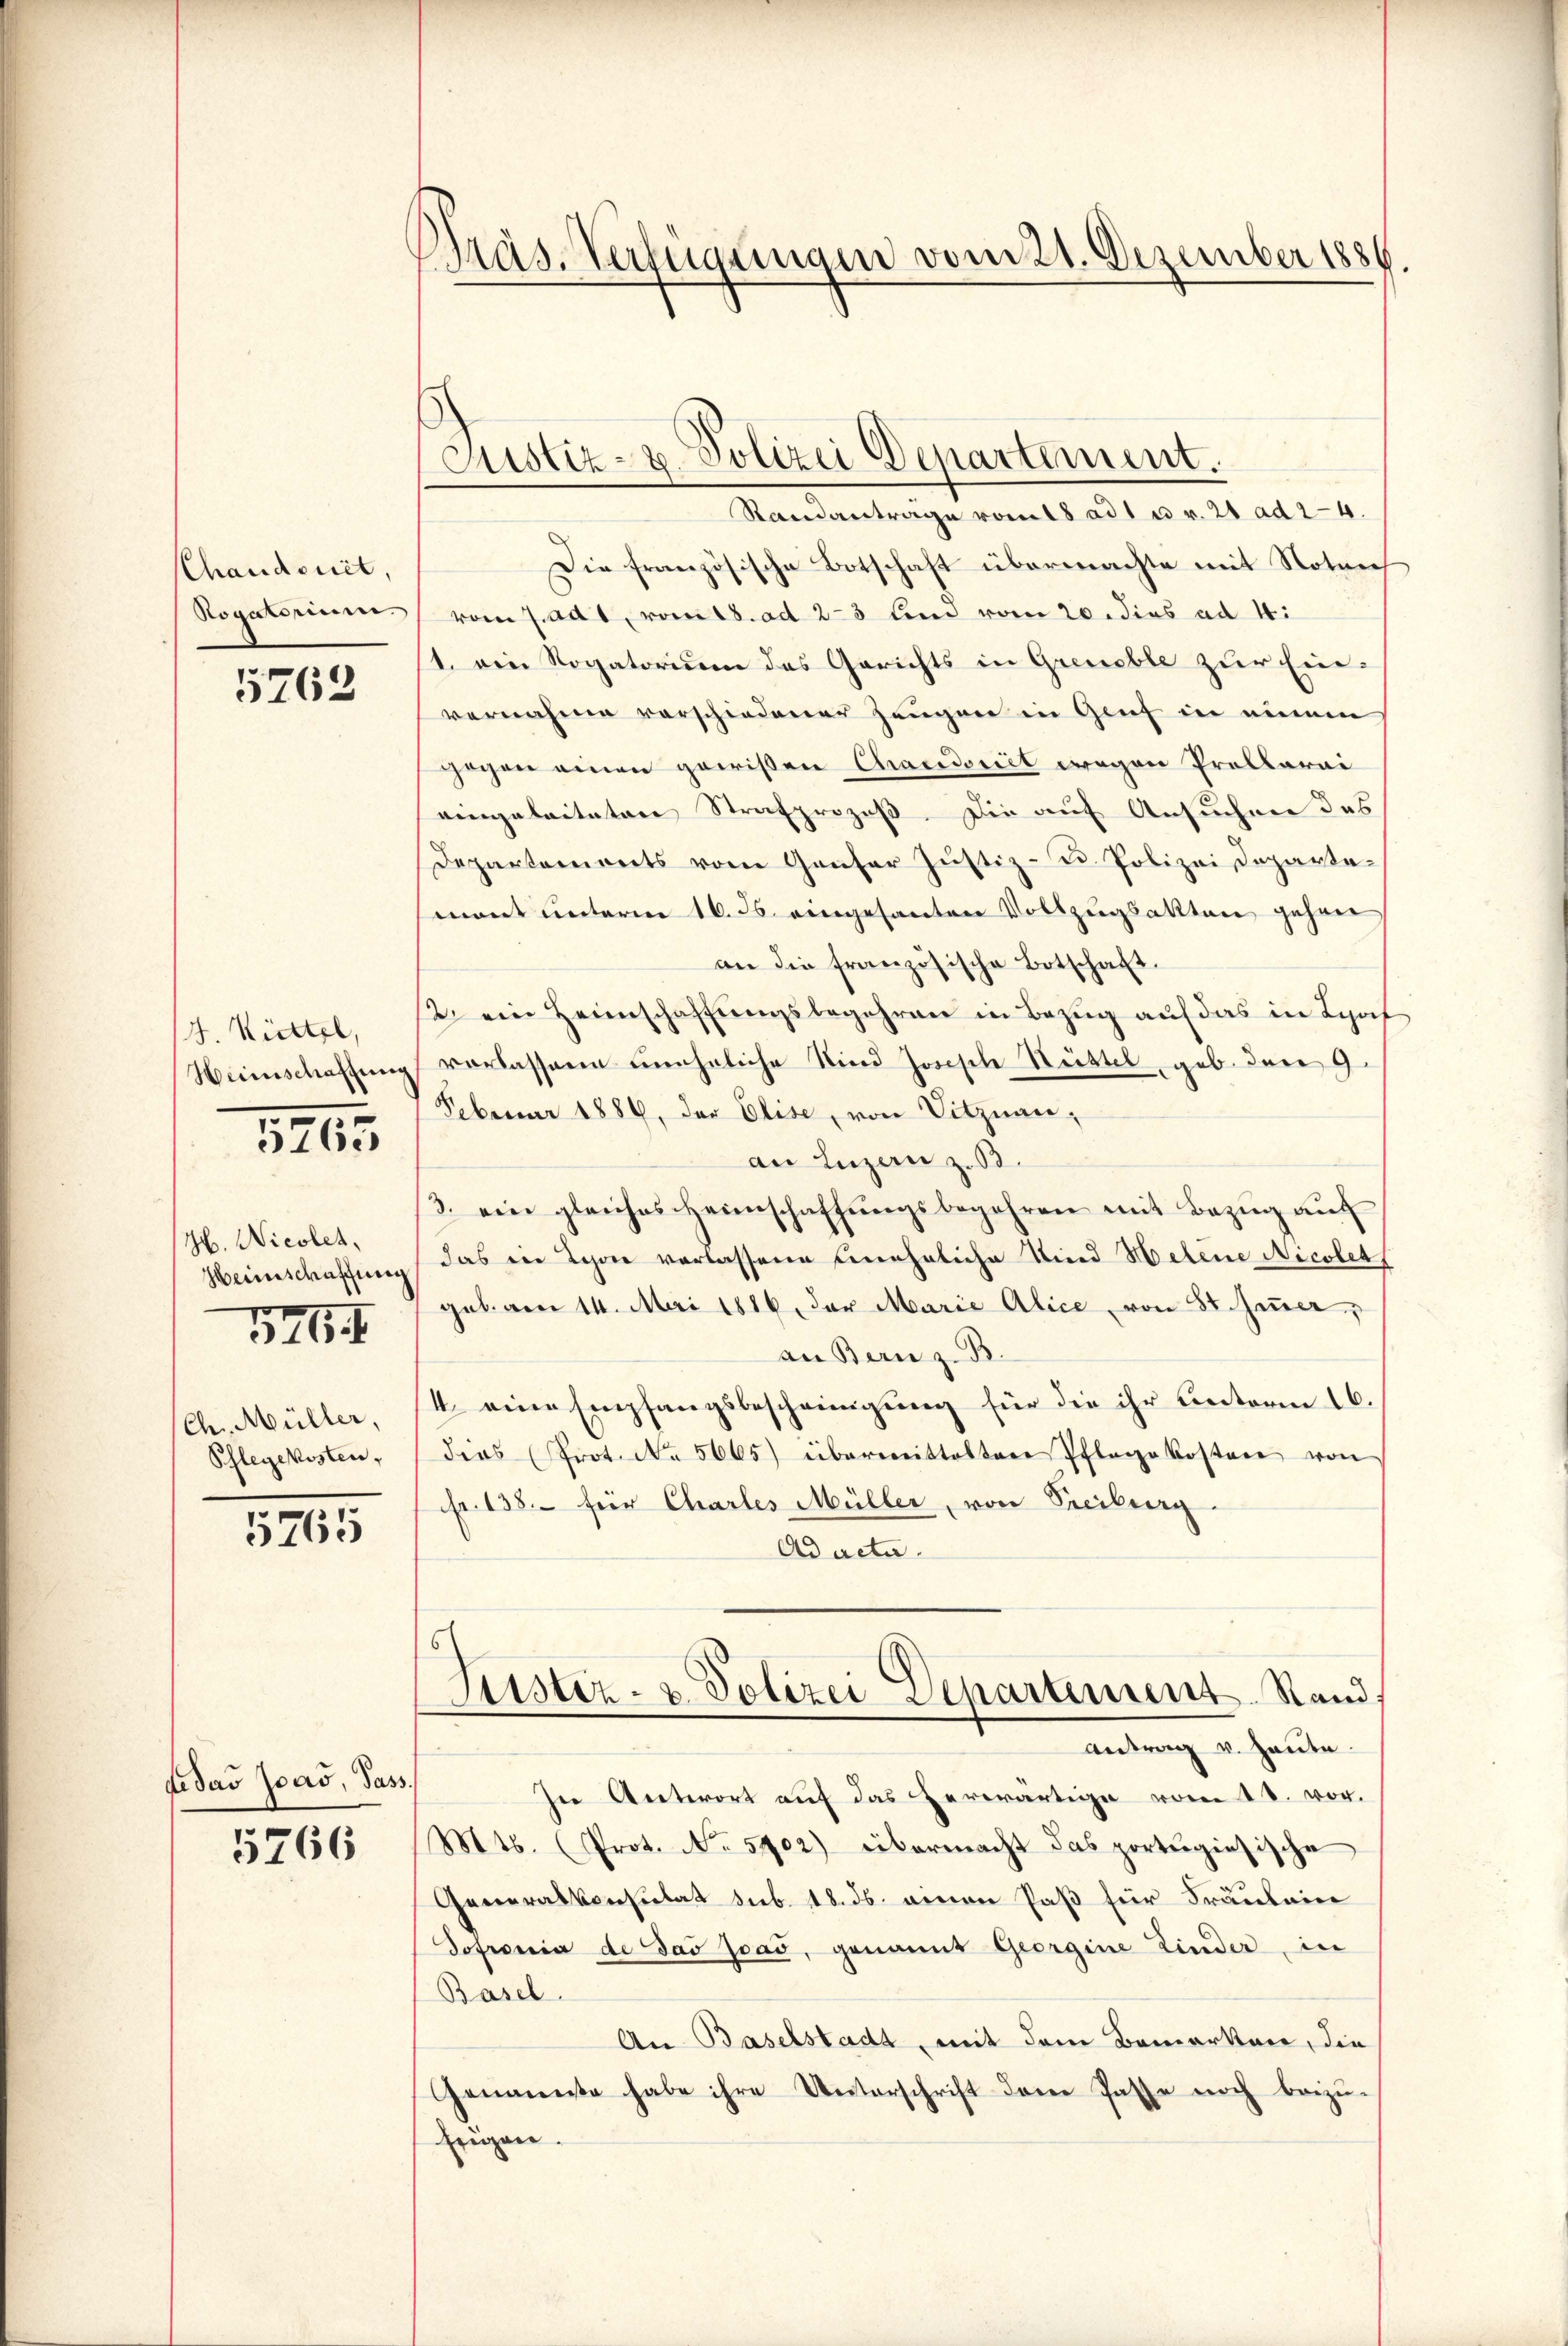
Chaudsuit,
Rogatorium.

5762

H. Rittel,
Heinschaffung

5765

H. Nicolet,
Heimschaffung
34

Ch. Müller,
Phlegekosten,

5765

dedas Joas, Sass.

5766

d
Pras. Verfügungen vom 21. Dezember 1886.

Justiz- u. Polizei Departement.

Standantrage vom 18 ad 1 u. v. 21 ad 24.
Die französische Botschaft übermachte mit Noten
vom 7. ad 1, vom 18. ad 2-3 ten vom 20. dies ad 4.
1. ein Rogatorium des Gerichts in Grenable zur Ein-
vernahme vorschiedener Zeugen in Genf in einem
gogen einen gewißen Chardseit wegen Prollarai
eingelaitaten Strafprozeß. Die auf Ansuchen das
Departements vom Genfer Justiz- u. Polizei Departemont unterm 16. 36. eingesanten Vollzugsakten gehen
an die französische Botschaft.
2) ein Heimschaffungsbegehren in Bezug auf das in Lyof
vorlassene uneheliche Kind Joseph Sustel, geb. den 9.
Februar 1886, der Elise, von Vitznanan Luzern z. B.
3. ein gleiches Heimschaffŭngsbegehren mit Bezŭg aŭf
das ein Schöne verlassene uneheliche Kind Helene Nicolet
geb. am 14. Mai 1886, der Marie Alice von St. Jenner,
an Bern z. B.
4. eine Empfangsbescheinigung für die ihr unterm 16.
dies (Prot. No. 5665) übermittelten Pflege kosten von
fr. 138. für Charles Müller, von Freiburg.
Ad acta.
Justiz- u. Polizei Departement. Stand,
Antrag v. Heute.
In Antwort auf das herwärtige vom 13. vor.
Mts. (Prot. No. 5902) übermacht das portengiesische
Generalkonsulat sub. 18. ds. einen Paß für Fräulein
Sofronia de das Joad, genannt Georgine Kinder, in
Basel
An Baselstadt, mit dem Bemerken, die
Genannte habe ihre Unterschrift dem Pässe noch beizŭ-
fregen.